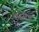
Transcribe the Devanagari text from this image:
एसाइ